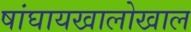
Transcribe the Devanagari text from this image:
षांघायखालोखाल